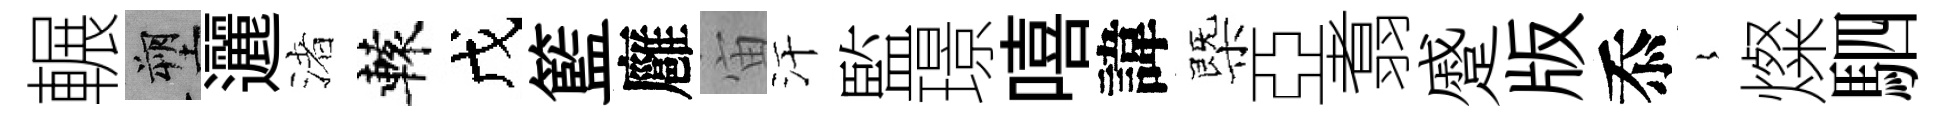
輾塑邐渚轅戊籃廱宙汗監璟嘻諱㮣亞翥蹙版忝𡻕燦駟